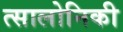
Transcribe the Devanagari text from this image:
त्सालोनिकी